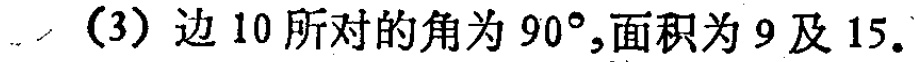
（3）边 10 所对的角为 \(90^{\circ}\),面积为 9 及 15.